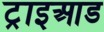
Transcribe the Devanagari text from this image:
ट्राइआड